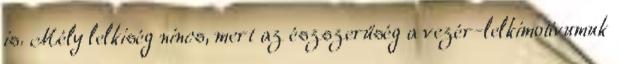
is. Mély lelkiség nincs, mert az észszerűség a vezér-lelkimotívumuk